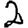
Digit: 2